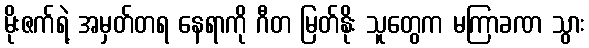
မိုးဇက်ရဲ့ အမှတ်တရ နေရာကို ဂီတ မြတ်နိုး သူတွေက မကြာခဏ သွား